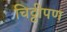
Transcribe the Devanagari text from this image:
चिठ्ठीपण